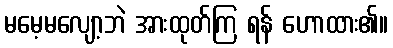
မမေ့မလျော့ဘဲ အားထုတ်ကြ ရန် ဟောထား၏။